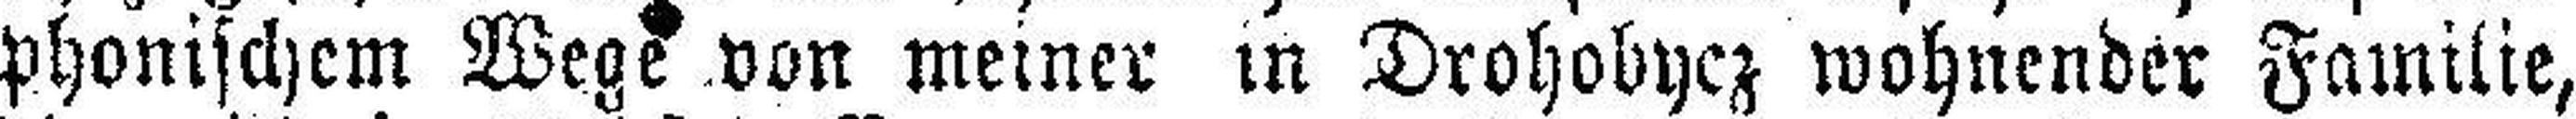
phonischem Wege von meiner in Drohobycz wohnender Familie,